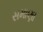
સમાણા